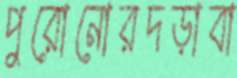
পুরোনোরদড়াবা